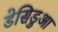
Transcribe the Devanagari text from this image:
डेसिडुआ